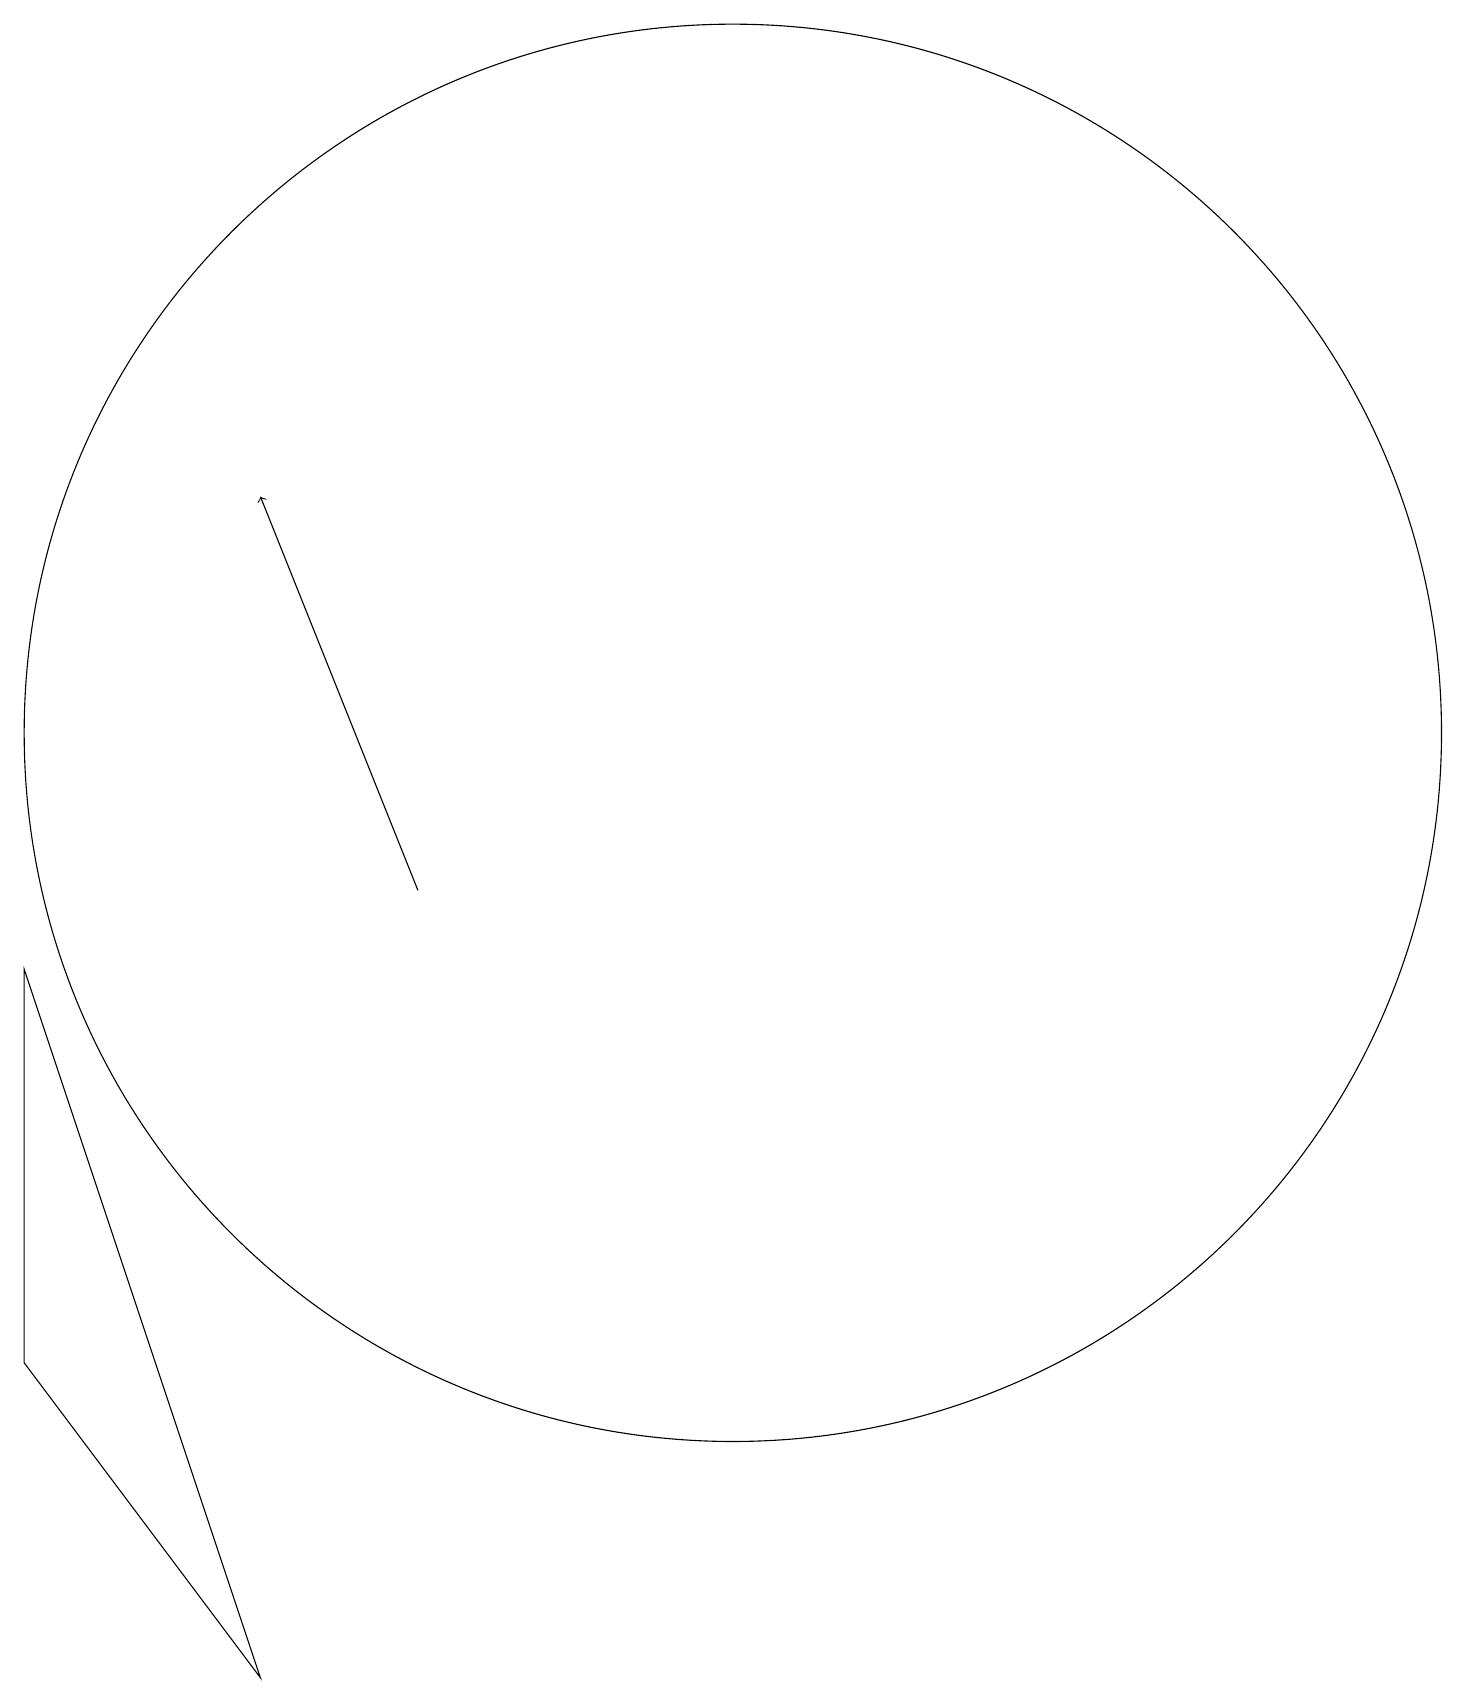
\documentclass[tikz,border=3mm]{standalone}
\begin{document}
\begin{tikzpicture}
\draw (10,12) circle (9);
\draw[->] (6,10) -- (4,15);
\draw (4,0) -- (1,4) -- (1,9) -- cycle;
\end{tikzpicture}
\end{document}